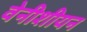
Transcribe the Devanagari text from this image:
वेनीशीयन